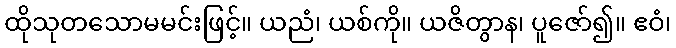
ထိုသုတသောမမင်းဖြင့်။ ယညံ၊ ယစ်ကို။ ယဇိတွာန၊ ပူဇော်၍။ ဧဝံ၊